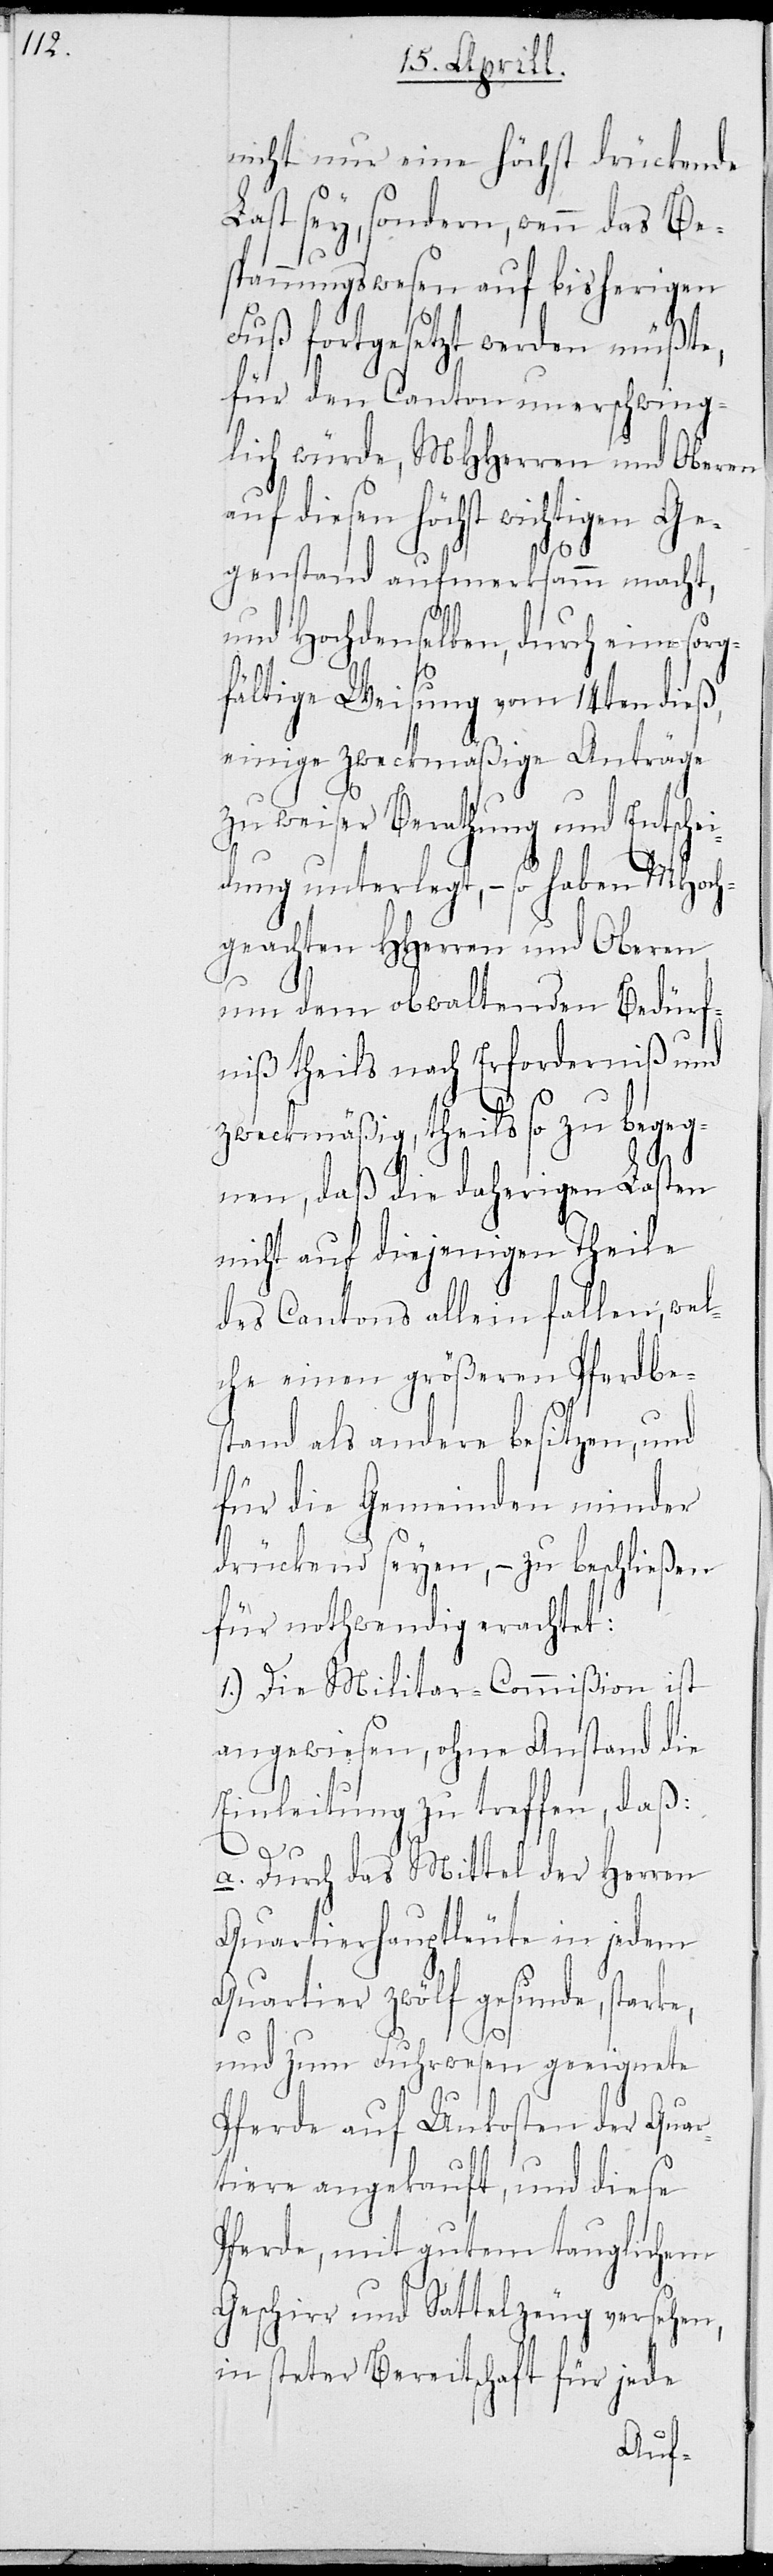
nicht nur eine höchst drückende
Last sey, sondern, wenn das Be¬
spannungswesen auf bisherigen
Fuß fortgesetzt werden müßte,
für den Canton unerschwing¬
lich würde, MHHerren und Oberen
diesen höchst wichtigen Ge¬
genstand aufmerksamm macht,
und Hochdenselben, durch eine sor¬
gfältige Weisung vom 14ten dieß,
einige zweckmäßige Anträge
zu weiser Berathung und Entschei¬
dung unterlegt, – so haben MHoch¬
geachten HHerren und Oberen,
um dem obwaltenden Bedürf¬
niß theils nach Erforderniß und
zweckmäßig, theils so zu begeg¬
nen, daß die daherigen Lasten
nicht auf diejenigen Theile
des Cantons allein fallen, wel¬
che einen größeren Pferdbe¬
stand als andere besitzen, und
für die Gemeinden minder
drückend seyen, – zu beschließen
für nothwendig erachtet:
1.) Die Militar-Commißion ist
angewiesen, ohne Anstand die
Einleitung zu treffen, daß:
a. Durch das Mittel der Herren
Quartierhauptleute in jedem
Quartier zwölf gesunde, starke,
und zum Fuhrwesen geeignete
Pferde auf Unkosten der Quar¬
tiere angekauft, und diese
Pferde, mit gutem tauglichem
Geschirr und Sattelzeug versehen,
in steter Bereitschaft für jede